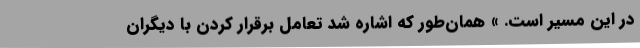
در این مسیر است. » همان‌طور که اشاره شد تعامل برقرار کردن با دیگران